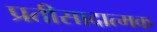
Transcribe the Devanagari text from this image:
प्रतीसादात्मक